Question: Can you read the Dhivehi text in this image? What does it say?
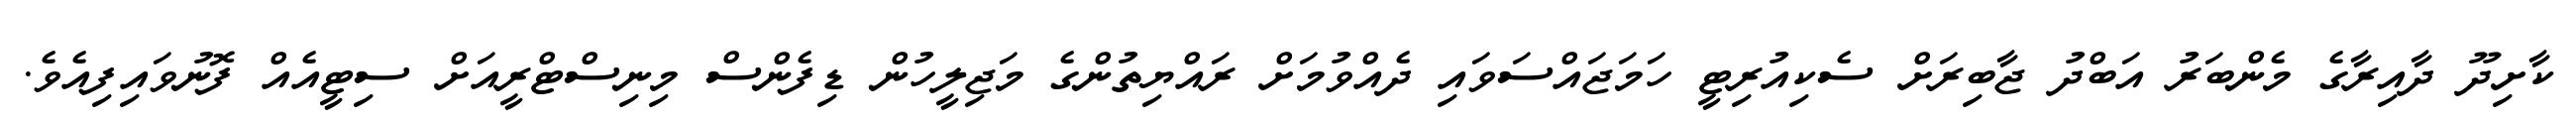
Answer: ކާށިދޫ ދާއިރާގެ މެންބަރު އަބްދު ޖާބިރަށް ސެކިއުރިޓީ ހަމަޖައްސަވައި ދެއްވުމަށް ރައްޔިތުންގެ މަޖިލީހުން ޑިފެންސް މިނިސްޓްރީއަށް ސިޓީއެއް ފޮނުވައިފިއެވެ.